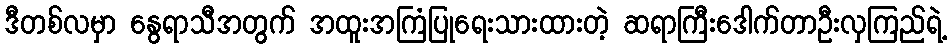
ဒီတစ်လမှာ နွေရာသီအတွက် အထူးအကြံပြုရေးသားထားတဲ့ ဆရာကြီးဒေါက်တာဦးလှကြည်ရဲ့